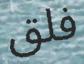
فلق